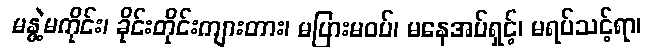
မနွဲ့မကိုင်း၊ ခိုင်းတိုင်းကျားတား၊ မပြားမဝပ်၊ မနေအပ်ရှင့်၊ မရပ်သင့်ရာ၊